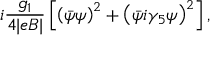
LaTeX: i { \frac { g _ { 1 } } { 4 | e B | } } \left[ \left( \bar { \psi } \psi \right) ^ { 2 } + \left( \bar { \psi } i \gamma _ { 5 } \psi \right) ^ { 2 } \right] ,